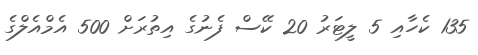
135 ކެހާއި 5 ލީޓަރު 20 ކޭސް ފެނުގެ އިތުރަށް 500 އެމްއެލްގެ